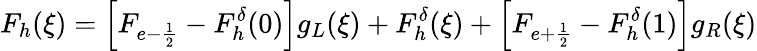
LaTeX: F_{h}(\xi)=\left[F_{e-\frac{1}{2}}-F_{h}^{\delta}(0)\right]g_{L}(\xi)+F_{h}^{\delta}(\xi)+\left[F_{e+\frac{1}{2}}-F_{h}^{\delta}(1)\right]g_{R}(\xi)